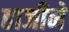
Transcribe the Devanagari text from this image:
हाजीने